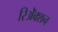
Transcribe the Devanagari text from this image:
रिॲेक्शन